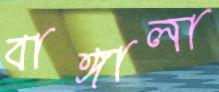
বাঙ্গালা